65_HS1-834228961_62-HQ-83894_Section_8
Agency: FBI
Page 42
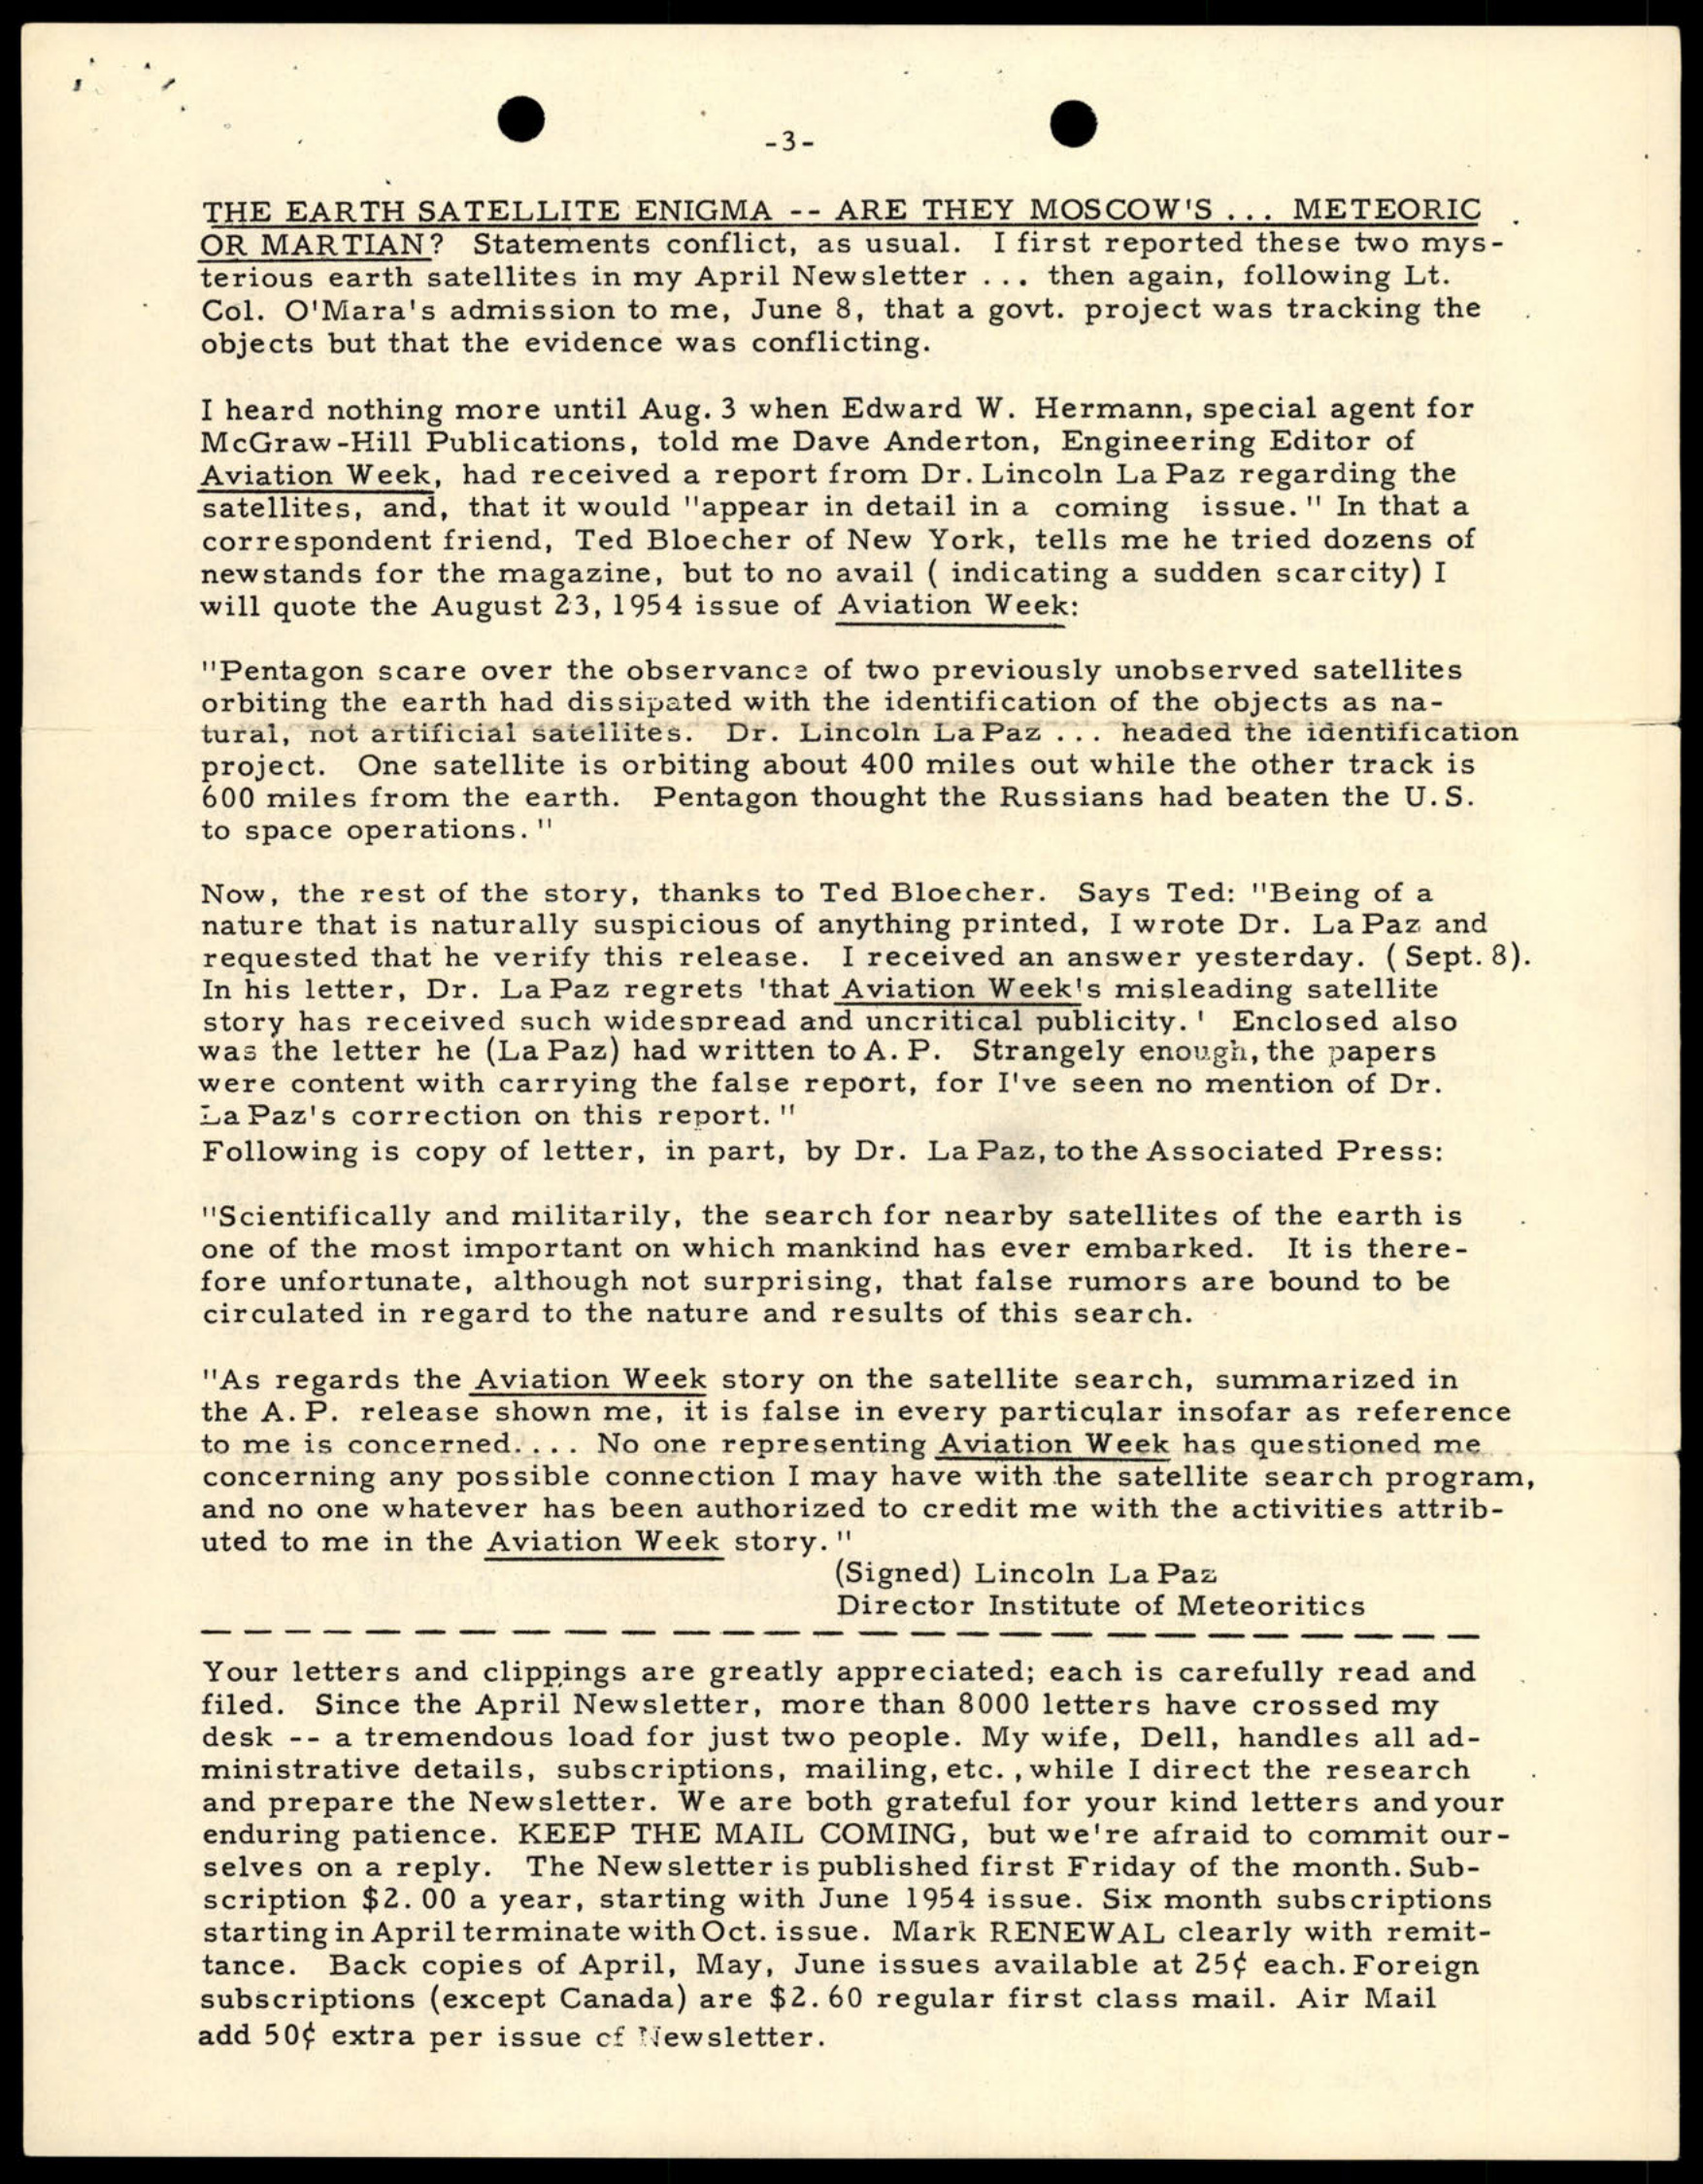